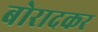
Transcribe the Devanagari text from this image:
बोरादकर